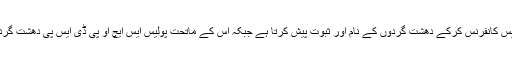
مقام تعجب ہے کہ ڈی آئی جی پریس کانفرنس کرکے دھشت گردوں کے نام اور ثبوت پیش کرتا ہے جبکہ اس کے ماتحت پولیس ایس ایچ او پی ڈی ایس پی دھشت گردوں کے سہولت کار بن جاتے ہیں۔